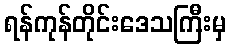
ရန်ကုန်တိုင်းဒေသကြီးမှ